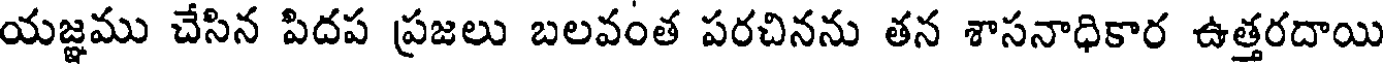
యజ్ఞము చేసిన పిదప ప్రజలు బలవంత పరచినను తన శాసనాధికార ఉత్తరదాయి